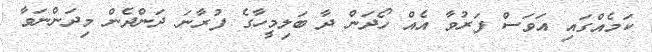
ކަމެއްގައި އަވަސް ފަރުވާ އެއް ހޯދަން ދާ ބަލިމީހާގެ ފުރާނަ ދަންދެން މިދަންނަވާ